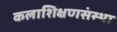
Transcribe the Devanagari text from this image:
कलाशिक्षणसंस्था